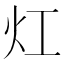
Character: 灴